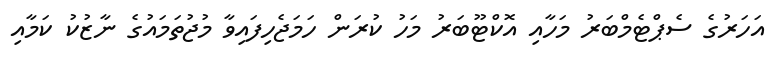
އަހަރުގެ ސެޕްޓެމްބަރު މަހާއި އޮކްޓޫބަރު މަހު ކުރަން ހަމަޖެހިފައިވާ މުޖުތަމައުގެ ނާޒުކު ކަމާއި